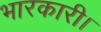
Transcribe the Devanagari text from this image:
भारकारी।